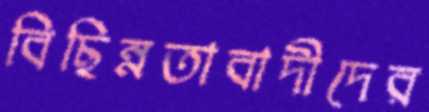
বিছিন্নতাবাদীদের